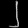
Digit: ၂